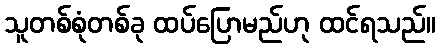
သူတစ်စုံတစ်ခု ထပ်ပြောမည်ဟု ထင်ရသည်။